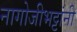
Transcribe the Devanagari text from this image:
नागोजीभट्टांनी